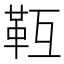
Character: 𩉱